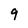
Character: 9